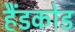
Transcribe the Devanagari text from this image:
हैंडकोड